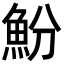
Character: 魵